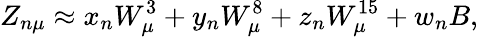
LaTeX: Z_{n\mu}\approx x_{n}W_{\mu}^{3}+y_{n}W_{\mu}^{8}+z_{n}W_{\mu}^{15}+w_{n}B,